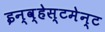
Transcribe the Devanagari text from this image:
इन्व्हेस्टमेन्ट